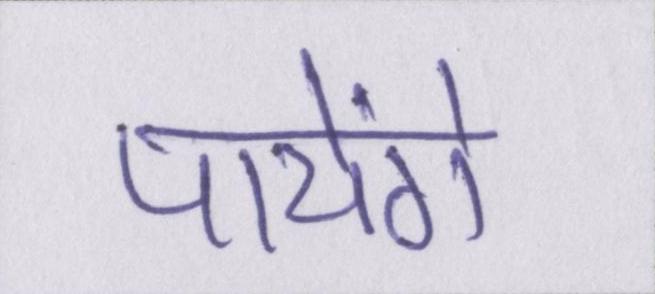
पायेंगे